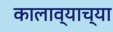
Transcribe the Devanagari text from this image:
कालाव्याच्या